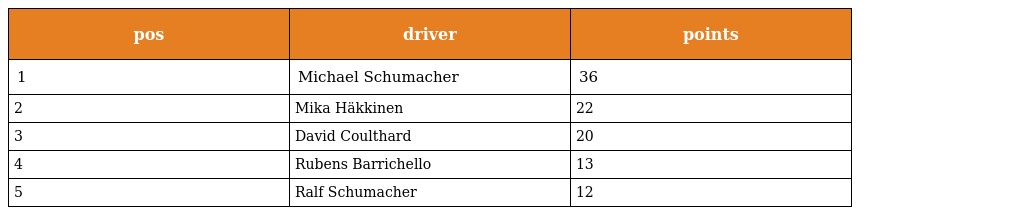
| pos | driver | points |
 | --- | --- | --- |
 | 1 | Michael Schumacher | 36 |
 | 2 | Mika Häkkinen | 22 |
 | 3 | David Coulthard | 20 |
 | 4 | Rubens Barrichello | 13 |
 | 5 | Ralf Schumacher | 12 |